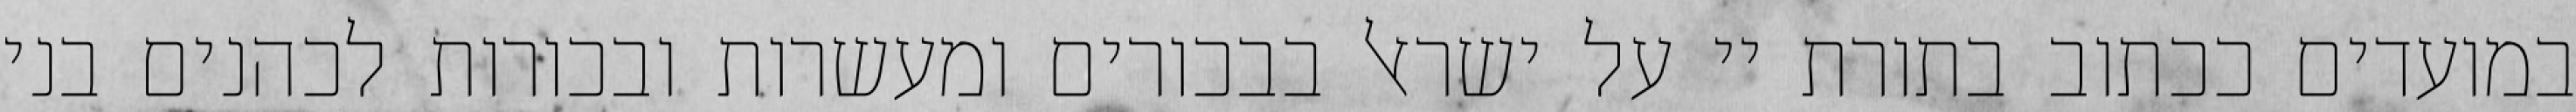
במועדים ככתוב בתורת יי על ישראל בבכורים ומעשרות ובכורות לכהנים בני